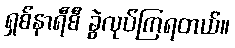
ရှစ်နာရီစီ ခွဲလုပ်ကြရတယ်။